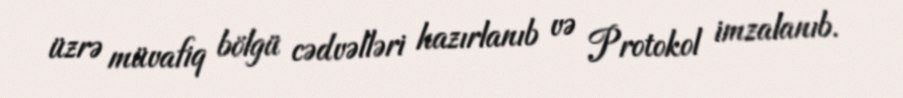
üzrə müvafiq bölgü cədvəlləri hazırlanıb və Protokol imzalanıb.